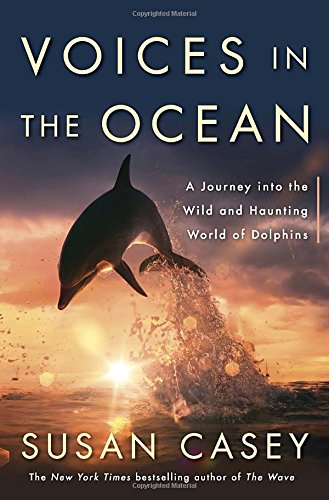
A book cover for Voices in the Ocean: A Journey into the Wild and Haunting World of Dolphins; Susan Casey; Science & Math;